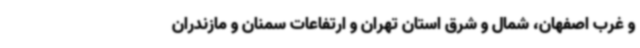
و غرب اصفهان، شمال و شرق استان تهران و ارتفاعات سمنان و مازندران